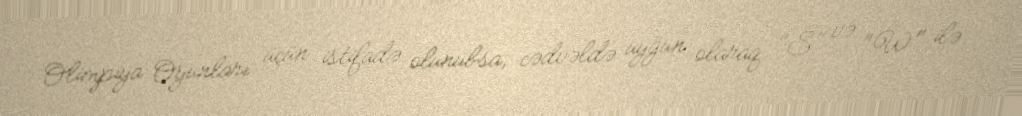
Olimpiya Oyunları üçün istifadə olunubsa, cədvəldə uyğun olaraq "S" və "W" ilə